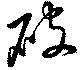
破